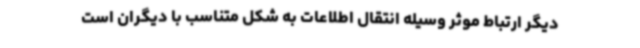
دیگر ارتباط موثر وسیله انتقال اطلاعات به شکل متناسب با دیگران است